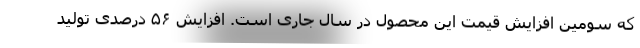
که سومین افزایش قیمت این محصول در سال جاری است. افزایش ۵۶ درصدی تولید